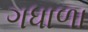
ગધાળા